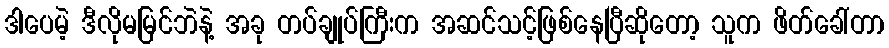
ဒါပေမဲ့ ဒီလိုမမြင်ဘဲနဲ့ အခု တပ်ချုပ်ကြီးက အဆင်သင့်ဖြစ်နေပြီဆိုတော့ သူက ဖိတ်ခေါ်တာ